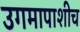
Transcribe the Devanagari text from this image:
उगमापाशीच